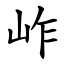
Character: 岞